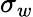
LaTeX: \sigma_{w}